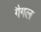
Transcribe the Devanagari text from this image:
गैगल